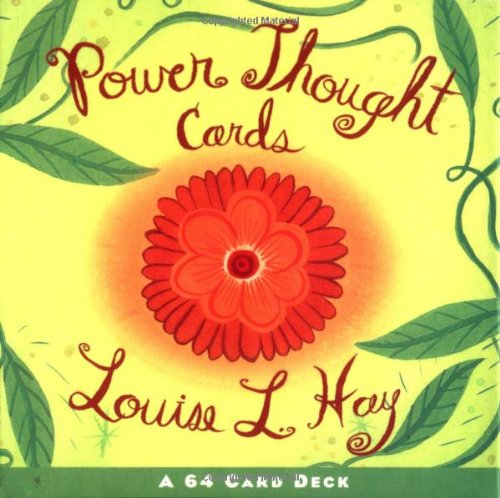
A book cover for Power Thought Cards: A 64 Card Deck (Box Set); Louise Hay; Self-Help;